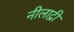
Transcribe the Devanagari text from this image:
नीलाद्री